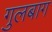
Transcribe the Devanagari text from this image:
गुलबाग